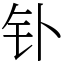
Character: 钋